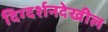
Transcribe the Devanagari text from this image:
दिग्दर्शनदेखील